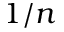
1 / n